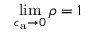
\operatorname* { l i m } _ { c _ { \mathrm { a } } \to 0 } { \rho } = 1